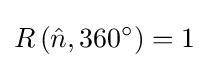
R\left({\hat {n}},360^{\circ }\right)=1